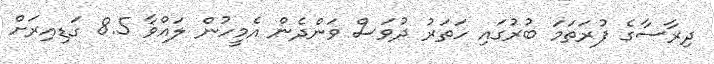
ދިރާސާގެ ފުރަތަމަ ބުރުގައި ހަތަރު ދުވަސް ވަންދެން އެމީހުން ލައްވާ 8.5 ގަޑިއިރަށް